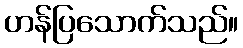
ဟန်ပြသောက်သည်။